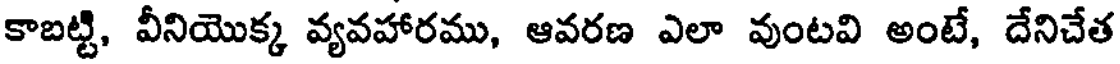
కాబట్టి, వీనియొక్క వ్యవహారము, ఆవరణ ఎలా వుంటవి అంటే, దేనిచేత